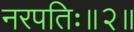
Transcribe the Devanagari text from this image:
नरपतिः॥२॥